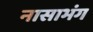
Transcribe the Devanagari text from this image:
नासाभंग